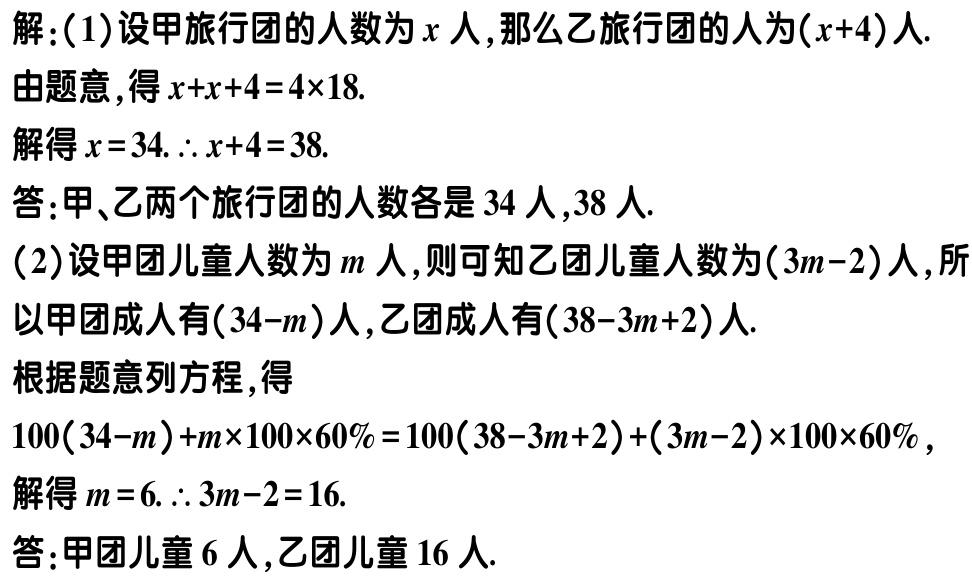
解：(1)设甲旅行团的人数为\(x\)人，那么乙旅行团的人为\((x + 4)\)人.
由题意，得\(x + x + 4 = 4\times18\).
解得\(x = 34\). \(\therefore x + 4 = 38\).
答：甲、乙两个旅行团的人数各是\(34\)人，\(38\)人.
(2)设甲团儿童人数为\(m\)人，则可知乙团儿童人数为\((3m - 2)\)人，所以甲团成人有\((34 - m)\)人，乙团成人有\((38 - 3m + 2)\)人.
根据题意列方程，得
\(100(34 - m)+m\times100\times60\% = 100(38 - 3m + 2)+(3m - 2)\times100\times60\%\)，
解得\(m = 6\). \(\therefore 3m - 2 = 16\).
答：甲团儿童\(6\)人，乙团儿童\(16\)人.